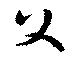
父